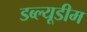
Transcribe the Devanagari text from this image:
डब्ल्यूडीम